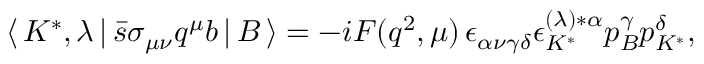
\langle \, K ^ { * } , \lambda \, | \, \bar { s } \sigma _ { \mu \nu } q ^ { \mu } b \, | \, B \, \rangle = - i F ( q ^ { 2 } , \mu ) \, \epsilon _ { \alpha \nu \gamma \delta } \epsilon _ { K ^ { * } } ^ { ( \lambda ) * \alpha } p _ { B } ^ { \gamma } p _ { K ^ { * } } ^ { \delta } ,